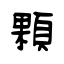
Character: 顆